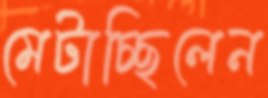
মেটাচ্ছিলেন